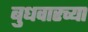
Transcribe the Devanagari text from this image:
बुधवारच्या